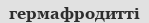
гермафродитті